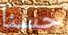
حسنا